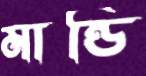
মান্ডি